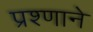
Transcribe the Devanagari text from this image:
प्रश्णाने